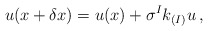
\begin{align*}u(x+\delta x)= u(x) + \sigma^{I} k_{(I)}u\, ,\end{align*}